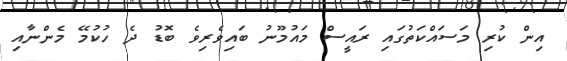
އިން ކުރި މަސައްކަތުގައި ރައީސް މައުމޫނު ބައިވެރިވެ ބޮޑު ދެ ހުކުމޭ މެންނާއި